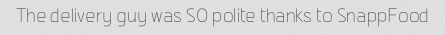
The delivery guy was SO polite thanks to SnappFood